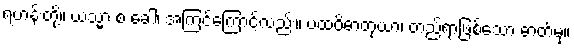
ရဟန်းတို့။ ယသ္မာ စ ခေါ၊ အကြင်ကြောင့်လည်း။ ပထဝိဓာတုယာ၊ တည်ရာဖြစ်သော ဓာတ်မှ။